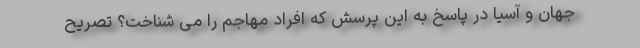
جهان و آسیا در پاسخ به این پرسش که افراد مهاجم را می شناخت؟ تصریح